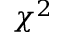
\chi ^ { 2 }